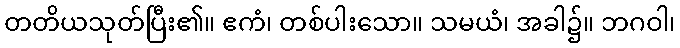
တတိယသုတ်ပြီး၏။ ဧကံ၊ တစ်ပါးသော။ သမယံ၊ အခါ၌။ ဘဂဝါ၊